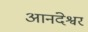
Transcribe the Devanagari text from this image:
आनंदेश्वर